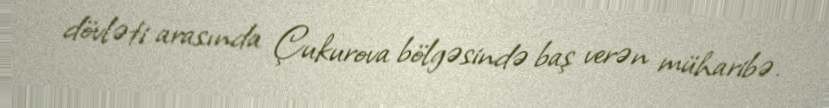
dövləti arasında Çukurova bölgəsində baş verən müharibə.